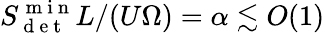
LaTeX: S_{\mathrm{~d~e~t~}}^{\mathrm{~m~i~n~}}L/(U\Omega)=\alpha\lesssim O(1)